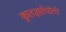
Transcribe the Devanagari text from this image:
कृतज्ञतेपोटी